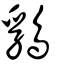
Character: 䳕